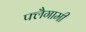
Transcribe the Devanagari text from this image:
फ्लैगामी